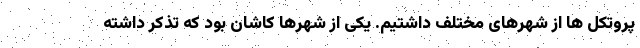
پروتکل ها از شهرهای مختلف داشتیم. یکی از شهرها کاشان بود که تذکر داشته